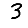
Digit: 3